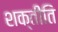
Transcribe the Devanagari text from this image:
शक्तीति